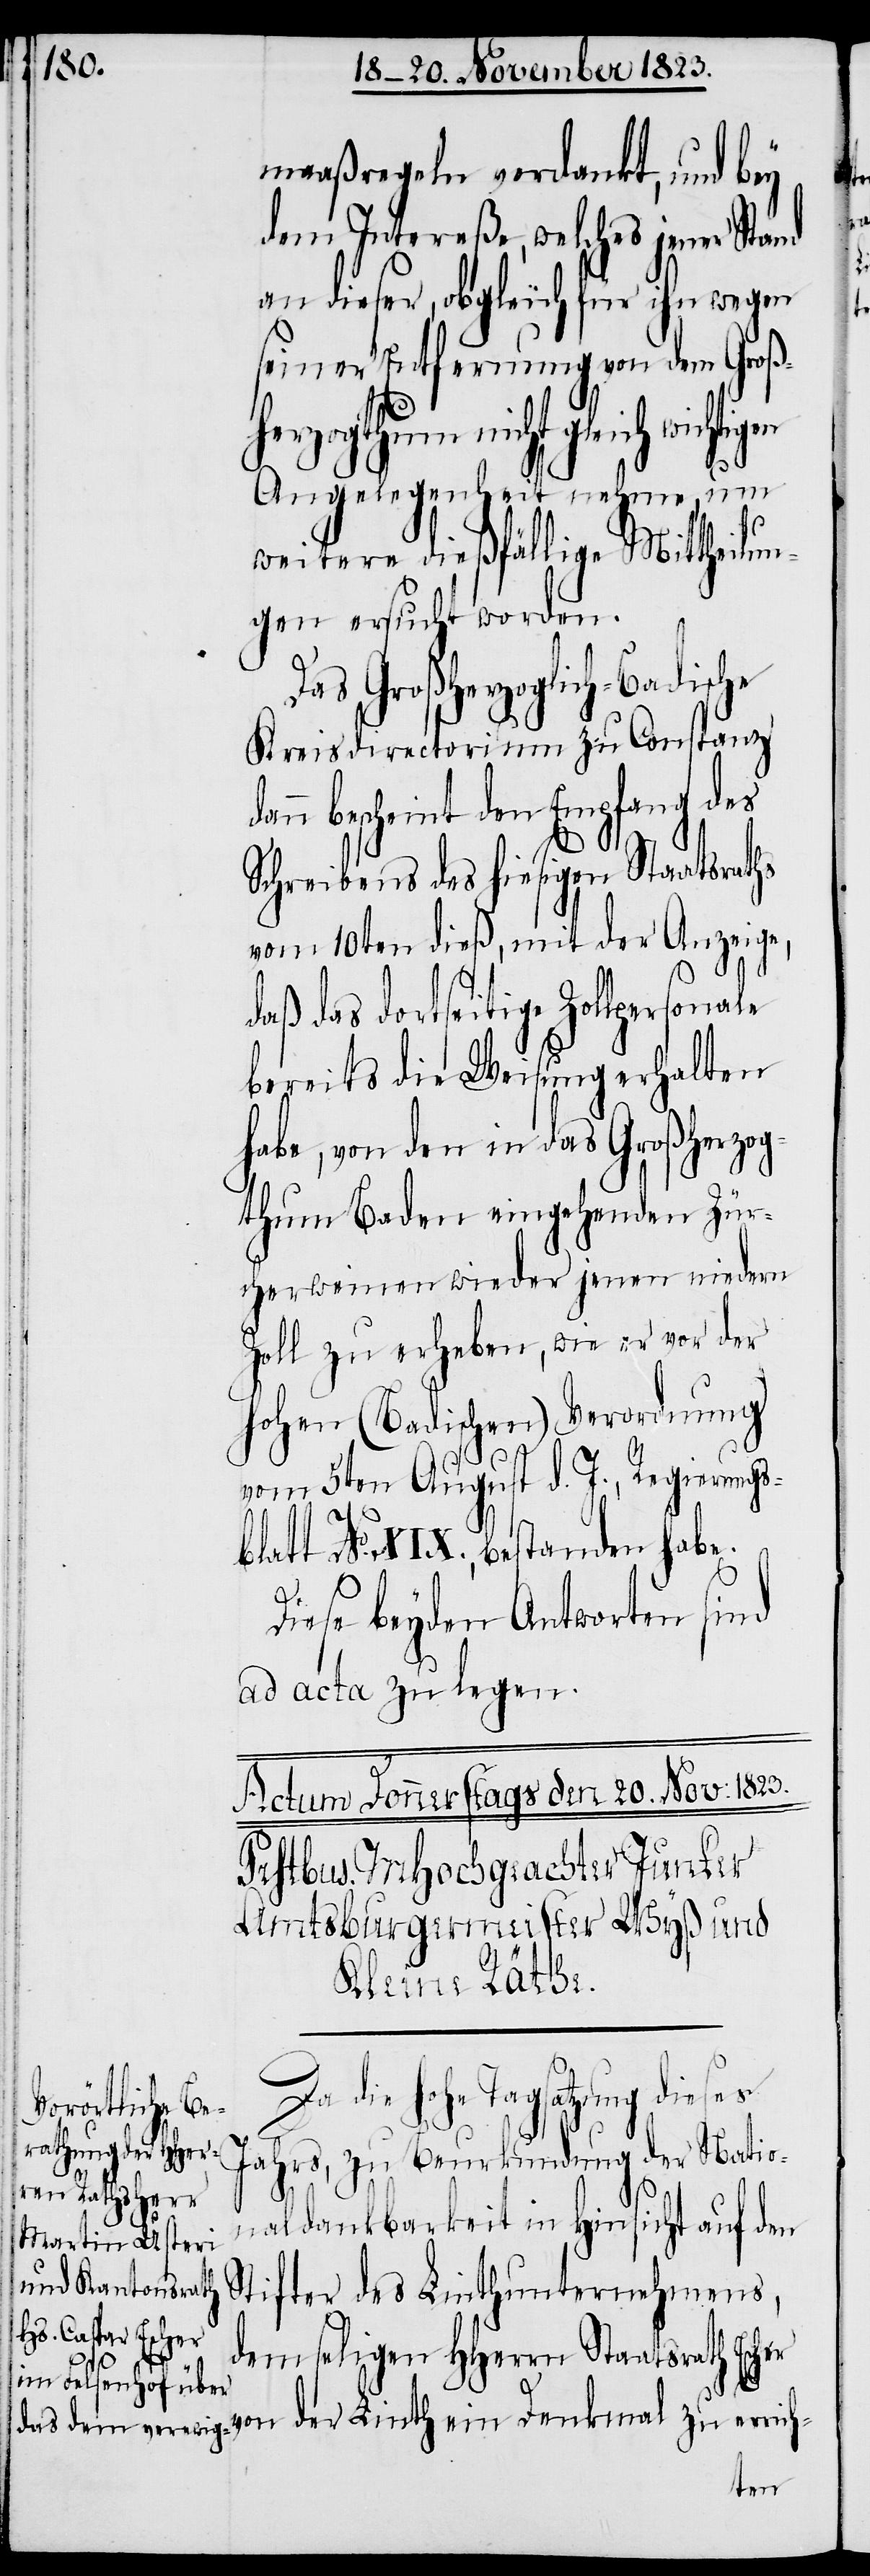
maaßregeln verdankt, und bey
dem Intereße, welches jener Stand
an dieser, obgleich für ihn wegen
seiner Entfernung von dem Großh¬
erzogthum nicht gleich
Angelegenheit nehme, um
weitere dießfällige Mittheilun¬
gen ersucht worden.
Denkmal zu errich-
Kreisdirectorium zu Constanz
bescheint den Empfang des
Schreibens des hiesigen Staatsraths
vom 10ten dieß, mit der Anzeige,
daß das dortseitige Zollpersonale
bereits die Weisung erhalten
habe, von den in das Großherzog¬
thum Baden eingehenden Zür¬
cherweinen wieder jenen niedern
Zoll zu erheben, wie er vor der
hohen (Badischen) Verordnung
vom 5ten August d. J., Regierungs¬
blatt No. XIX., bestanden habe.
Diese beyden Antworten sind
ad acta zu legen.
Da die hohe Tagsatzung dieses
Jahrs, zu Beurkundung der Natio¬
naldankbarkeit in Hinsicht auf den
Stifter des Linthunternehmens,
dem seligen HHerrn Staatsr¬